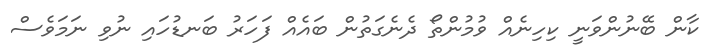
ކާން ބޭނުންވަނީ ކިހިނެއް ވުމުންތޯ ދެނެގަތުން ބައެއް ފަހަރު ބަނޑުހައި ނުވި ނަމަވެސް